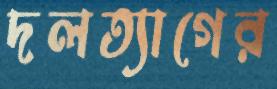
দলত্যাগের